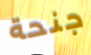
جنحة